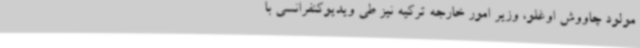
مولود چاووش اوغلو، وزیر امور خارجه ترکیه نیز طی ویدیوکنفرانسی با